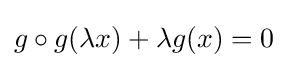
g\circ g(\lambda x)+\lambda g(x)=0